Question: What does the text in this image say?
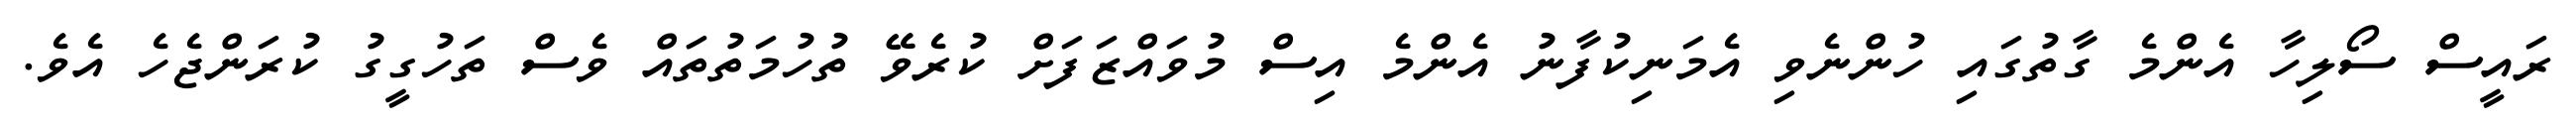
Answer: ރައީސް ސޯލިހާ އެންމެ ގާތުގައި ހުންނެވި އެމަނިކުފާނު އެންމެ އިސް މުވައްޒަފަށް ކުރެވޭ ތުހުމަތުތައް ވެސް ތަހުގީގު ކުރަންޖެހެ އެވެ.